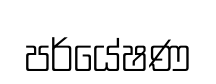
පර්යේෂණ